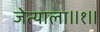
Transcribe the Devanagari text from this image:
जेत्याला॥१॥